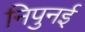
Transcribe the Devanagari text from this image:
निपुनई